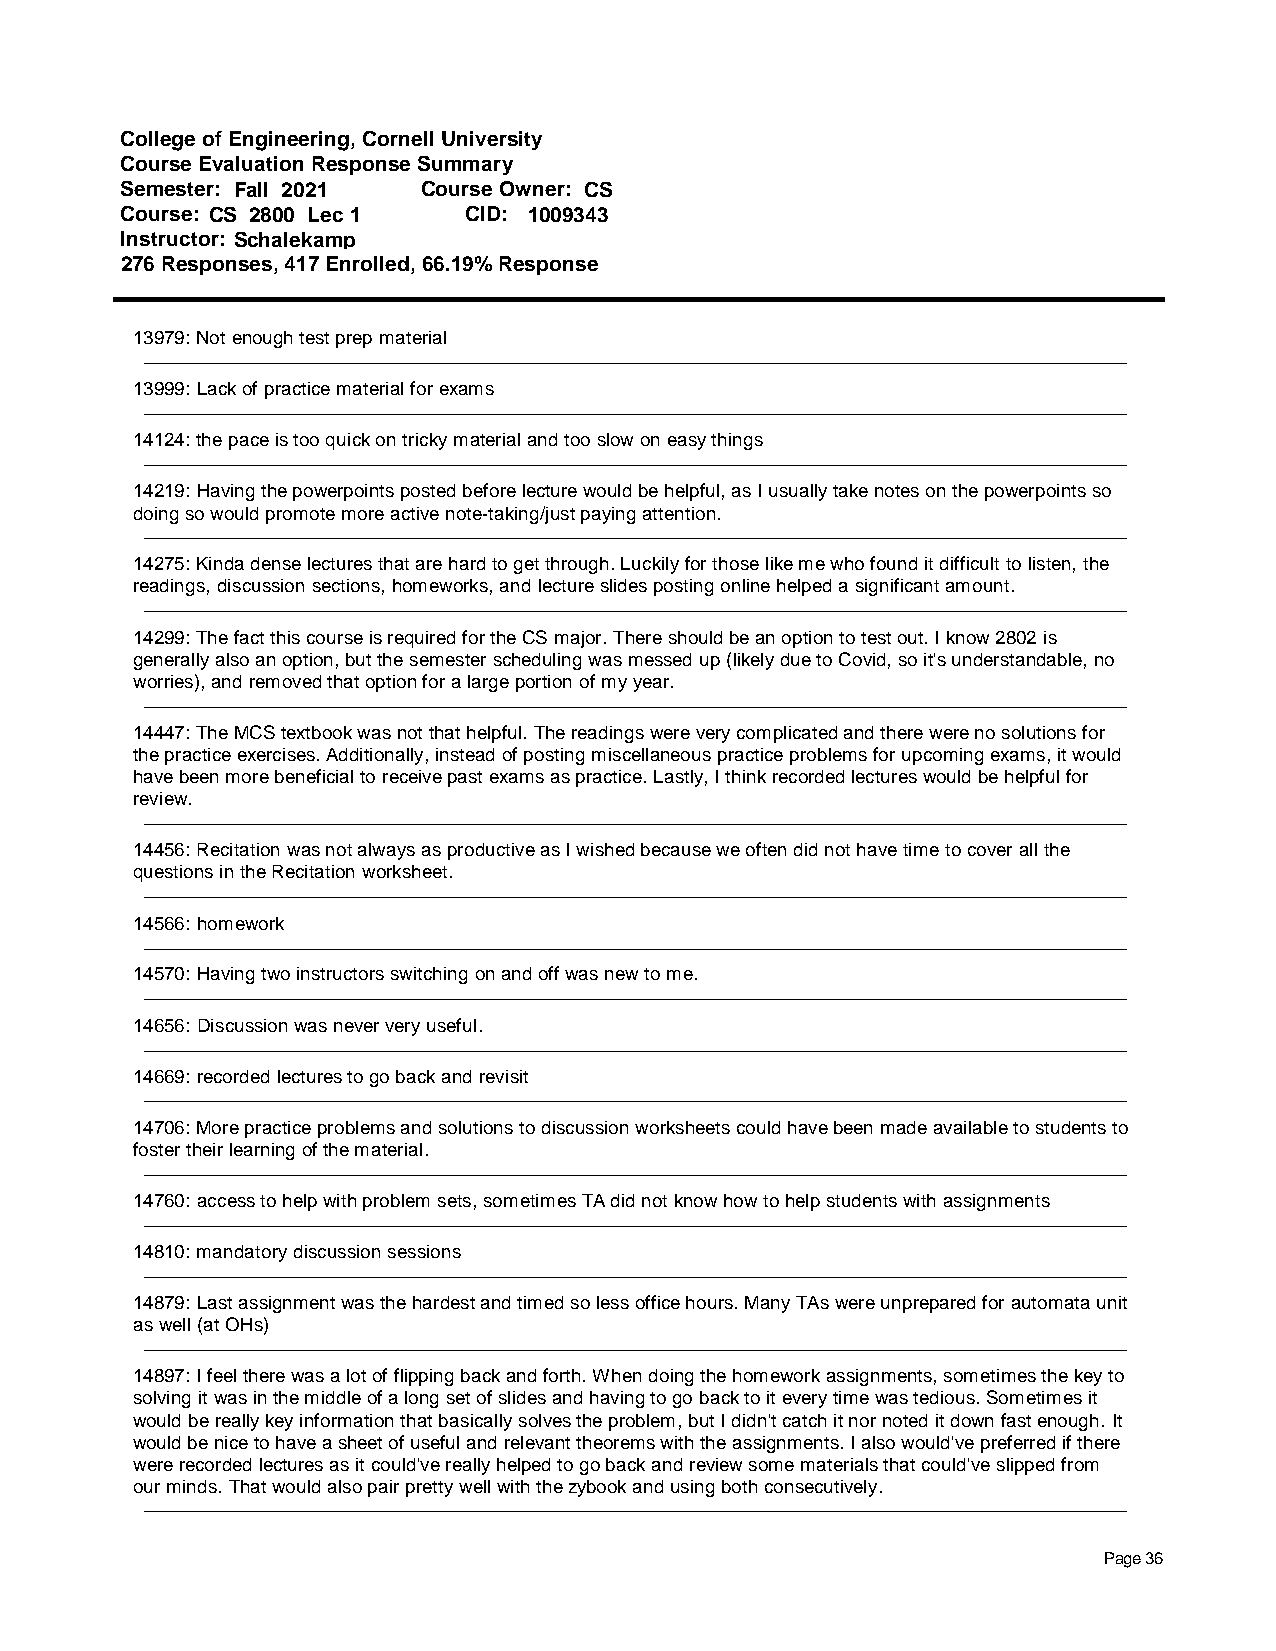
College of Engineering, Cornell University
 Course Evaluation Response Summary
 Semester: Fall 2021 Course Owner: CS
 Course: CS 2800 Lec 1  CID: 1009343
 Instructor: Schalekamp
 276 Responses, 417 Enrolled, 66.19% Response
 13979: Not enough test prep material
 13999: Lack of practice material for exams
 14124: the pace is too quick on tricky material and too slow on easy things
 14219: Having the powerpoints posted before lecture would be helpful, as I usually take notes on the powerpoints so
 doing so would promote more active note-taking/just paying attention.
 14275: Kinda dense lectures that are hard to get through. Luckily for those like me who found it difficult to listen, the
 readings, discussion sections, homeworks, and lecture slides posting online helped a significant amount.
 14299: The fact this course is required for the CS major. There should be an option to test out. I know 2802 is
 generally also an option, but the semester scheduling was messed up (likely due to Covid, so it's understandable, no
 worries), and removed that option for a large portion of my year.
 14447: The MCS textbook was not that helpful. The readings were very complicated and there were no solutions for
 the practice exercises. Additionally, instead of posting miscellaneous practice problems for upcoming exams, it would
 have been more beneficial to receive past exams as practice. Lastly, I think recorded lectures would be helpful for
 review.
 14456: Recitation was not always as productive as I wished because we often did not have time to cover all the
 questions in the Recitation worksheet.
 14566: homework
 14570: Having two instructors switching on and off was new to me.
 14656: Discussion was never very useful.
 14669: recorded lectures to go back and revisit
 14706: More practice problems and solutions to discussion worksheets could have been made available to students to
 foster their learning of the material.
 14760: access to help with problem sets, sometimes TA did not know how to help students with assignments
 14810: mandatory discussion sessions
 14879: Last assignment was the hardest and timed so less office hours. Many TAs were unprepared for automata unit
 as well (at OHs)
 14897: I feel there was a lot of flipping back and forth. When doing the homework assignments, sometimes the key to
 solving it was in the middle of a long set of slides and having to go back to it every time was tedious. Sometimes it
 would be really key information that basically solves the problem, but I didn't catch it nor noted it down fast enough. It
 would be nice to have a sheet of useful and relevant theorems with the assignments. I also would've preferred if there
 were recorded lectures as it could've really helped to go back and review some materials that could've slipped from
 our minds. That would also pair pretty well with the zybook and using both consecutively.
 Page 36